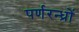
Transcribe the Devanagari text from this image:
पर्णरन्ध्रों